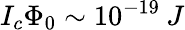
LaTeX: I_{c}\Phi_{0}\sim 10^{-19}\: J